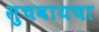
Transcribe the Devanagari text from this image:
सुचवायचा